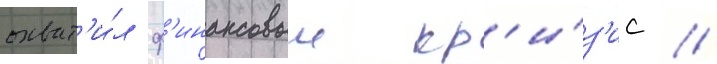
охват'и́л ф'инансовыи кр'и́з'ис //